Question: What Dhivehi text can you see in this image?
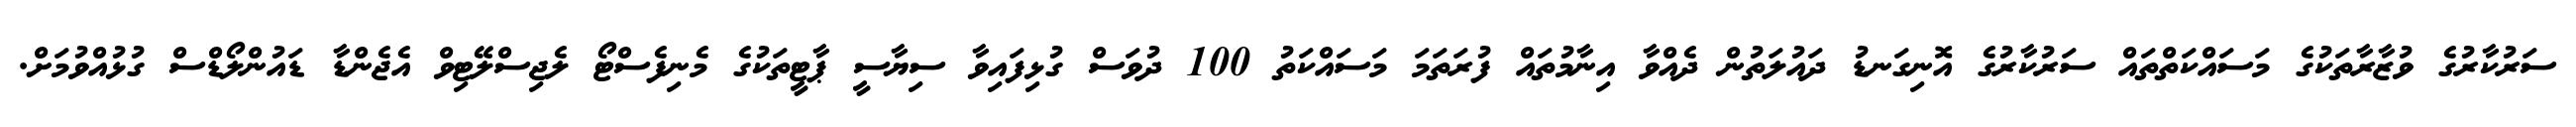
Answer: ސަރުކާރުގެ ވުޒާރާތަކުގެ މަސައްކަތްތައް ސަރުކާރުގެ އޮނިގަނޑު ދައުލަތުން ދެއްވާ އިނާމުތައް ފުރަތަމަ މަސައްކަތު 100 ދުވަސް ގުޅިފައިވާ ސިޔާސީ ޕާޓީތަކުގެ މެނިފެސްޓޯ ލެޖިސްލޭޓިވް އެޖެންޑާ ޑައުންލޯޑްސް ގުޅުއްވުމަށް.